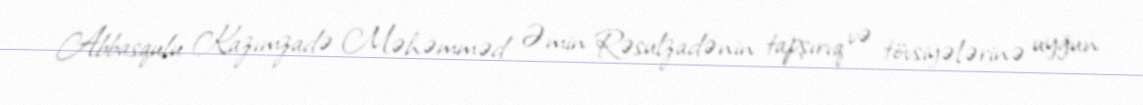
Abbasqulu Kazımzadə Məhəmməd Əmin Rəsulzadənin tapşırıq və tövsiyələrinə uyğun